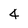
Character: 4